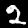
Label: 2